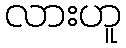
လားဟူ